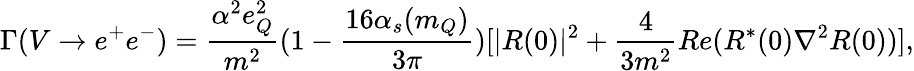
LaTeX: \Gamma(V\rightarrow e^{+}e^{-})=\frac{\alpha^{2}e_{Q}^{2}}{m^{2}}(1-\frac{16\alpha_{s}(m_{Q})}{3\pi})[|R(0)|^{2}+\frac{4}{3m^{2}}Re(R^{\ast}(0)\nabla^{2}R(0))],